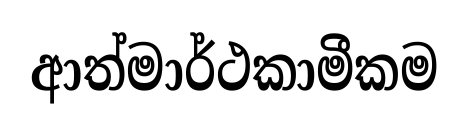
ආත්මාර්ථකාමීකම